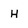
Character: H